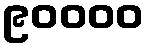
၉၀၀၀၀